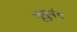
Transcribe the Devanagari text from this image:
भृगुपंथ